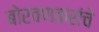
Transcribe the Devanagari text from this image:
बोरवणकरांचे